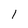
Character: 1